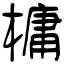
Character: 槦